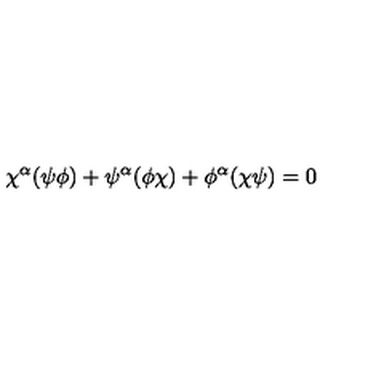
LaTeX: \chi ^ { \alpha } ( \psi \phi ) + \psi ^ { \alpha } ( \phi \chi ) + \phi ^ { \alpha } ( \chi \psi ) = 0